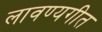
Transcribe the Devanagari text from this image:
लावण्यगीत